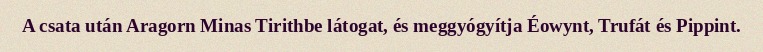
A csata után Aragorn Minas Tirithbe látogat, és meggyógyítja Éowynt, Trufát és Pippint.